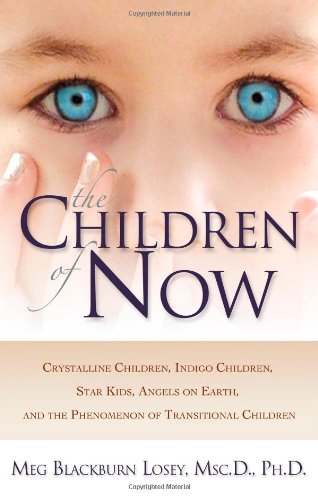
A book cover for The Children of Now: Crystalline Children, Indigo Children, Star Kids, Angels on Earth, and the Phenomenon of Transitional Children; Meg Blackburn Losey Ph.D.; Religion & Spirituality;